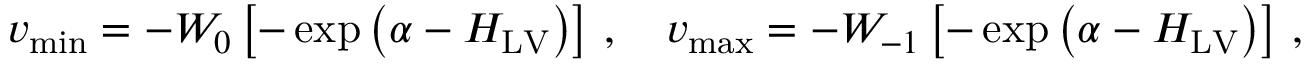
v _ { \operatorname* { m i n } } = - W _ { 0 } \left[ - \exp \left( \alpha - H _ { \mathrm { L V } } \right) \right] \, , \quad v _ { \operatorname* { m a x } } = - W _ { - 1 } \left[ - \exp \left( \alpha - H _ { \mathrm { L V } } \right) \right] \, ,